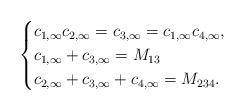
LaTeX: \begin{align*}\begin{cases}c_{1,\infty}c_{2,\infty} = c_{3,\infty} = c_{1,\infty}c_{4,\infty},\\c_{1,\infty} + c_{3,\infty} = M_{13}\\c_{2,\infty} + c_{3,\infty} + c_{4,\infty} = M_{234}.\end{cases}\end{align*}